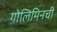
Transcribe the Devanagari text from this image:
गोलिमिनची